Report on vaccination North-West Frontier Province 1904-1922 - 1904-1922
Year: 1904
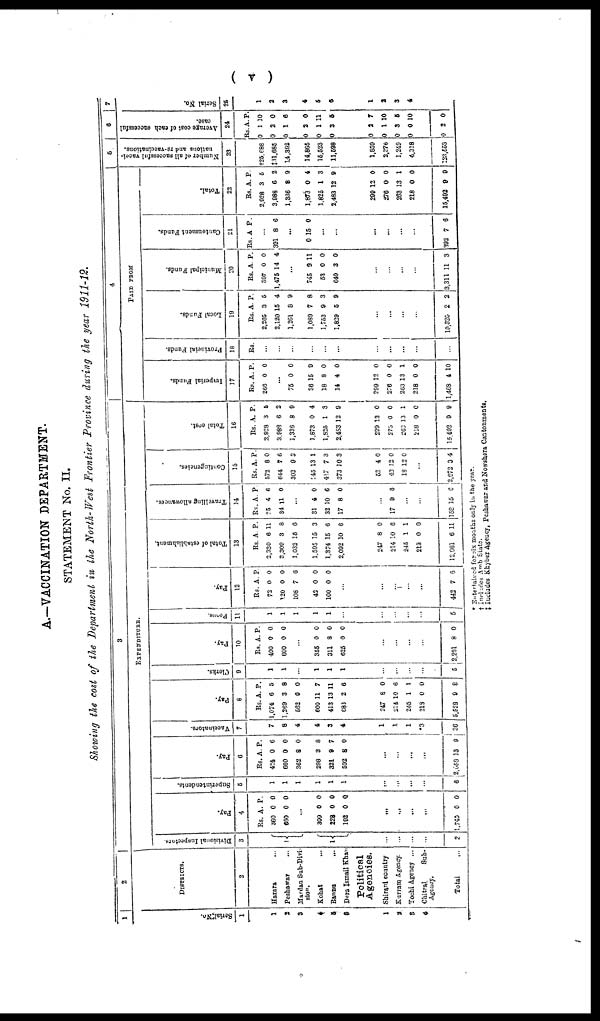
( v )
A.—VACCINATION DEPARTMENT.
STATEMENT No. II.
Showing the cost of the Department in the North-West Frontier Province during the year 1911-12.
1
Serial No.
1
1
2
3
4
5
6
1
2
3
4
2
DISTRICTS.
2
Hazara ...
Peshawar ...
Mardan Sub-Divi¬
sion.
Kohat ...
Bannu ...
Dera Ismail Khan ...
Political
Agencies.
Shirani country
Kurram Agency.
Tochi Agency ...
Chitral
Sub-
Agency.
Total ...
3
EXPENDITURE.
Divisional Inspector.
3
1
1
...
...
...
...
2
Pay.
4
Rs.
360
660
A.
0
0
P.
0
0
...
300
228
192
0
0
0
0
0
0
...
...
...
...
1,740 0 0
Superintendents.
5
1
1
1
1
1
1
...
...
...
...
6
Pay.
6
Rs.
424
660
362
298
321
592
A.
0
0
8
3
9
8
P.
6
0
0
8
7
0
...
...
...
...
2,558 13 9
Vaccinators.
7
7
8
4
4
3
4
1
1
1
*3
36
Pay.
8
Rs.
1,074
1,269
562
600
413
683
A.
6
3
0
11
13
2
P.
5
8
0
7
11
6
247
214
245
218
5,528
8
10
1
0
9
0
6
1
0
8
Clerks.
9
1
1
...
1
1
1
...
...
...
...
5
Pay.
10
Rs.
400
600
A.
0
0
P.
0
0
...
355
311
625
0
8
0
0
0
0
...
...
...
...
2,291 8
0
Peons.
11
1
1
1
1
1
...
...
...
...
...
5
Pay.
12
Rs.
72
120
108
42
100
A.
0
0
7
0
0
P.
0
0
6
0
0
...
...
...
...
...
442 7 6
Total of establishment.
13
Rs.
2,330
3,309
1,032
1,595
1,374
2,092
A.
6
3
15
15
15
10
P.
11
8
6
3
6
6
247
214
245
213
12,661
8
10
1
0
6
0
6
1
0
11
Travelling allowances.
14
Rs.
25
34
A.
4
11
P.
6
0
...
31
32
17
4
10
8
0
6
0
...
17 0 8
...
...
158 15 6
Contingencies.
15
Rs.
572
644
303
245
417
373
A.
8
7
0
13
7
10
P.
0
6
3
1
3
3
52
43
18
4
12
12
0
0
0
...
2,672 3 4
Total cost.
16
Rs.
2,928
3,988
1,335
1,873
1,825
2,483
A.
3
6
8
0
1
12
P.
5
2
0
4
3
9
299
275
263
218
15,492
12
0
13
0
9
0
0
1
0
9
4
PAID FROM
Imperial Funds.
17
Rs.
266
A.
0
P.
0
...
75
36
18
14
0
15
8
4
0
0
0
0
299
276
263
218
1,468
12
0
13
0
4
0
0
1
0
10
Provincial Funds.
18
Rs.
...
...
...
...
...
...
...
...
...
...
...
Local Funds.
19
Rs.
2,265
2,120
1,261
1,089
1,753
1,829
A.
3
15
8
7
9
5
P.
6
4
9
8
3
9
...
...
...
...
10,320 2 2
Municipal Funds.
20
Rs.
397
1,475
A.
0
14
P.
0
4
...
745
53
640
9
0
3
11
0
0
...
...
...
...
3,311 11 3
Cantonment Funds.
21
Rs. A. P.
...
391 8 6
...
0 15 0
...
...
...
...
...
...
392 7 6
Total.
22
Rs.
2,928
3,988
1,336
1,873
1,825
2,483
A.
3
6
8
0
1
12
P.
5
2
9
4
3
9
299
276
263
218
15,492
12
0
13
0
9
0
0
1
0
9
5
Number of all successful vacci¬
nations and re-vaccinations.
23
†25,688
‡31,685
14,392
14,865
15,523
11,598
1,850
2,276
1,249
4,318
123,553
6
Average cost of each successful
case.
24
Rs.
0
0
0
0
0
0
A.
1
2
1
2
1
3
P.
10
0
6
0
11
5
0
0
0
0
0
2
1
3
0
2
7
10
5
10
0
7
Serial No.
25
1
2
3
4
5
6
1
2
3
4
...
* Entertained for six months only in the year.
† Includes Amb State.
‡ Includes Khyber Agency, Peshawar and Nowshera Cantonments.